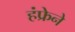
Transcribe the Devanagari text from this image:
हंफ्रेने